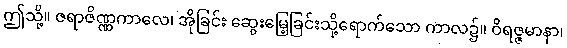
ဤသို့။ ဇရာဇိဏ္ဏကာလေ၊ အိုခြင်း ဆွေးမြေ့ခြင်းသို့ရောက်သော ကာလ၌။ ဝိရဇ္ဇမာနာ၊